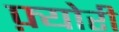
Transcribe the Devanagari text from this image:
फ़्योरी